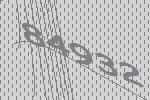
84932